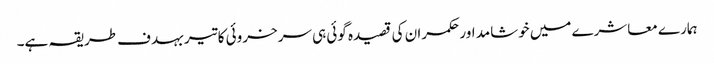
ہمارے معاشرے میں خوشامد اور حکمران کی قصیدہ گوئی ہی سرخروئی کا تیر بہدف طریقہ ہے۔